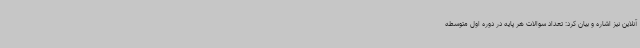
آنلاین نیز اشاره و بیان کرد: تعداد سوالات هر پایه در دوره اول متوسطه